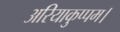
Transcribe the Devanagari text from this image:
अरियाकुप्पम।